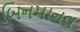
બિનમાનવ